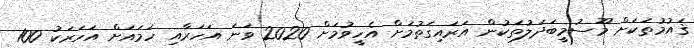
ޤައުމުތަކަށް މޫސުމީބަދަލުތަކުން އަރައިގަތުމަށް އެހީވުމަށް 2020 ވަނަ އަހަރާއި ހަމައަށް އަހަރަކު 100